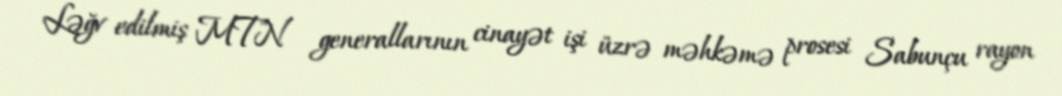
Ləğv edilmiş MTN generallarının cinayət işi üzrə məhkəmə prosesi Sabunçu rayon